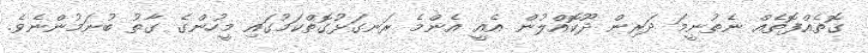
ގޮތެއްފޮތެއް ނެތުނީމަ ދަރިން ދޫކޮއްލުން އެއީ އެންމެ ރަނގަޅުގޮތްކަމުގައި މީހުންގެ ގާތު ބުނަމުންނެވެ.